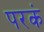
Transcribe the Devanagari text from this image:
परकं